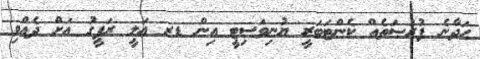
ހަދާނެ ފުރުޞަތެއް ކެންޓަބަރީ ޔުނިވަސިޓީ އިން ޑރ ޢަލީ ރަފީގު އަށް ދެއްވި